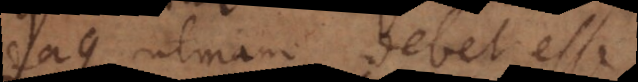
eaque ubinam debet esse